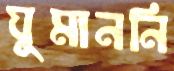
ঘুমাননি